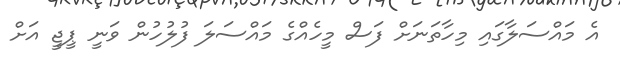
އެ މައްސަލާގައި މިހާތަނަށް ފަސް މީހެއްގެ މައްސަލަ ފުލުހުން ވަނީ ޕީޖީ އަށް